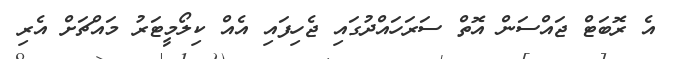
އެ ރޮބަޓް ޖައްސަން އޮތް ސަރަހައްދުގައި ޖެހިފައި އެއް ކިލޯމީޓަރު މައްޗަށް އެރި